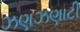
ઝણઝણાટી